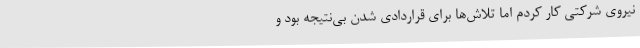
نیروی شرکتی کار کردم اما تلاش‌ها برای قراردادی شدن بی‌نتیجه بود و